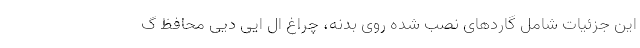
این جزئیات شامل گاردهای نصب شده روی بدنه، چراغ ال ایی دیی محافظ گ